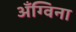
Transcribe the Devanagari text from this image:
अँग्विना